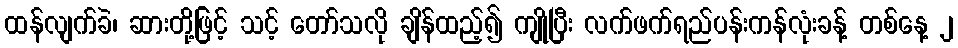
ထန်လျက်ခဲ၊ ဆားတို့ဖြင့် သင့် တော်သလို ချိန်ထည့်၍ ကျိုပြီး လက်ဖက်ရည်ပန်းကန်လုံးခန့် တစ်နေ့ ၂